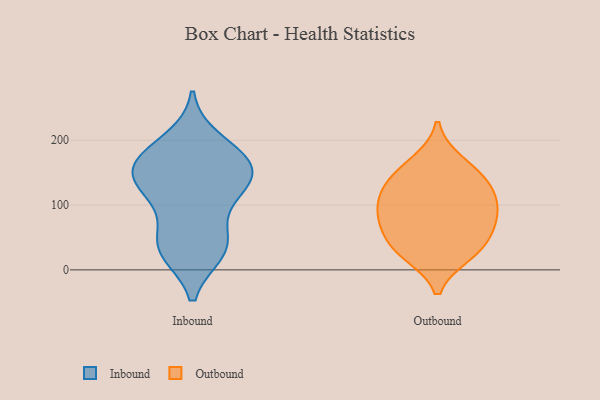
{"axis": {"x": "Inventory Turnover", "y": "Value"}, "legend": ["Inbound", "Outbound"], "data": [{"x": "", "y": 31, "type": "Inbound"}, {"x": "", "y": 119, "type": "Inbound"}, {"x": "", "y": 199, "type": "Inbound"}, {"x": "", "y": 130, "type": "Inbound"}, {"x": "", "y": 143, "type": "Inbound"}, {"x": "", "y": 169, "type": "Inbound"}, {"x": "", "y": 114, "type": "Inbound"}, {"x": "", "y": 29, "type": "Inbound"}, {"x": "", "y": 44, "type": "Inbound"}, {"x": "", "y": 166, "type": "Inbound"}, {"x": "", "y": 168, "type": "Inbound"}, {"x": "", "y": 160, "type": "Inbound"}, {"x": "", "y": 42, "type": "Inbound"}, {"x": "", "y": 30, "type": "Outbound"}, {"x": "", "y": 90, "type": "Outbound"}, {"x": "", "y": 128, "type": "Outbound"}, {"x": "", "y": 75, "type": "Outbound"}, {"x": "", "y": 146, "type": "Outbound"}, {"x": "", "y": 166, "type": "Outbound"}, {"x": "", "y": 41, "type": "Outbound"}, {"x": "", "y": 101, "type": "Outbound"}, {"x": "", "y": 25, "type": "Outbound"}, {"x": "", "y": 124, "type": "Outbound"}, {"x": "", "y": 72, "type": "Outbound"}]}